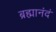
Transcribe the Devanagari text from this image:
ब्रह्मानंदं